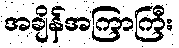
အချိန်အကြာကြီး